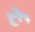
રૂ